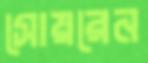
সোয়রেন